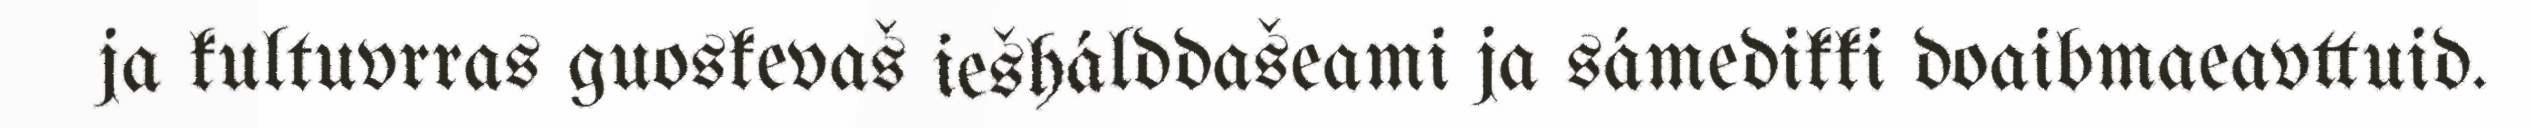
ja kultuvrras guoskevaš iešhálddašeami ja sámedikki doaibmaeavttuid.